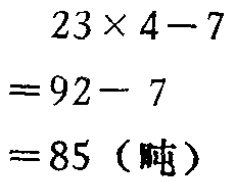
\[
\begin{align*}
&23\times4 - 7\\
=&92 - 7\\
=&85\ (\text{吨})
\end{align*}
\]